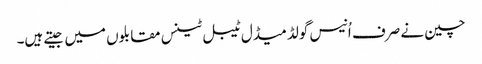
چین نے صرف اُنیس گولڈ میڈل ٹیبل ٹینس مقابلوں میں جیتے ہیں۔